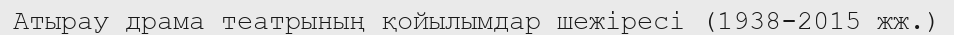
Атырау драма театрының қойылымдар шежіресі (1938-2015 жж.)